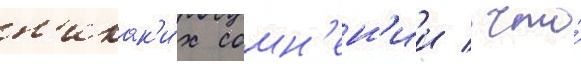
н'икак'и́х сомн'ен'ии / что́